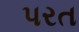
પરત